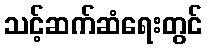
သင့်ဆက်ဆံရေးတွင်